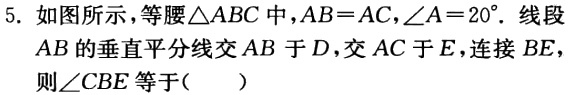
5. 如图所示，等腰$\triangle ABC$中，$AB = AC$，$\angle A = 20^{\circ}$。线段$AB$的垂直平分线交$AB$于$D$，交$AC$于$E$，连接$BE$，则$\angle CBE$等于（  ）